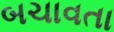
બચાવતા